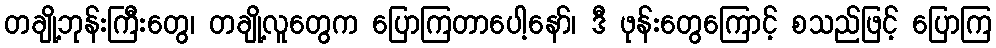
တချို့ဘုန်းကြီးတွေ၊ တချို့လူတွေက ပြောကြတာပေါ့နော်၊ ဒီ ဖုန်းတွေကြောင့် စသည်ဖြင့် ပြောကြ